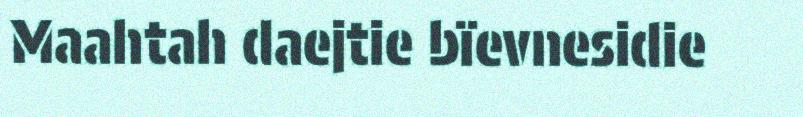
Maahtah daejtie bïevnesidie